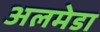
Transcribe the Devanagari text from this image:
अलमेडा